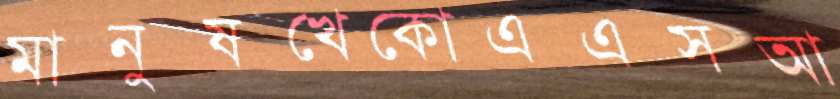
মানুষখেকোএএসআ